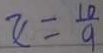
y = \frac { 1 0 } { 9 }